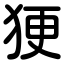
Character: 㹴